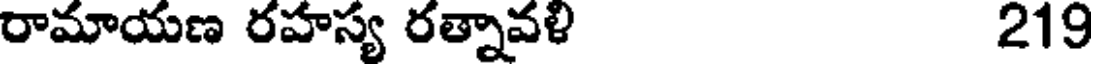
రామాయణ రహస్య రత్నావళి 219